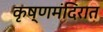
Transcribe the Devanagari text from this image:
कृष्णमंदिरात